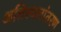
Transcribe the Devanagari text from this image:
अतिस्थलांतरण